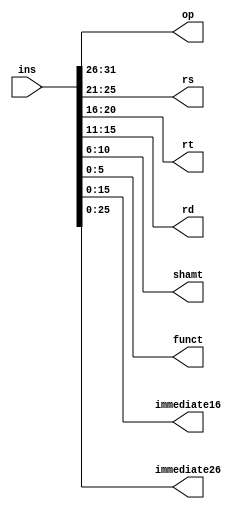
`timescale 1ns / 1ps
//////////////////////////////////////////////////////////////////////////////////
// Company: 
// Engineer: 
// 
// Design Name: 
// Module Name: InsAnalyse
// Project Name: 
// Target Devices: 
// Tool Versions: 
// Description: 
// 
// Dependencies: 
// 
// Revision:
// Revision 0.01 - File Created
// Additional Comments:
// 
//////////////////////////////////////////////////////////////////////////////////


module InsAnalyse(
    input [31:0] ins,
    output [5:0] op,
    output [4:0] rs,
    output [4:0] rt,
    output [4:0] rd,
    output [4:0] shamt,
    output [5:0] funct,
    output [15:0] immediate16,
    output [25:0] immediate26
    );
    
    assign op = ins[31:26];
    assign rs = ins[25:21];
    assign rt = ins[20:16];
    assign rd = ins[15:11];
    assign shamt = ins[10:6];
    assign funct = ins[5:0];
    assign immediate16 = ins[15:0];
    assign immediate26 = ins[25:0];    
endmodule